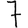
Digit: 7